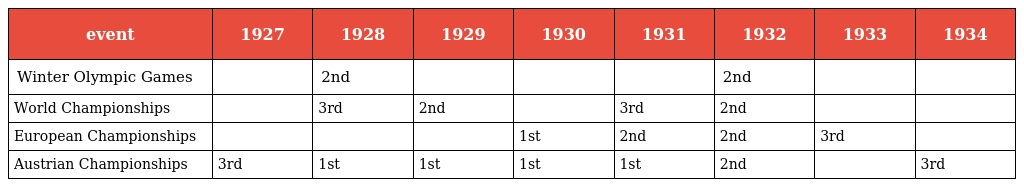
| event | 1927 | 1928 | 1929 | 1930 | 1931 | 1932 | 1933 | 1934 |
 | --- | --- | --- | --- | --- | --- | --- | --- | --- |
 | Winter Olympic Games |  | 2nd |  |  |  | 2nd |  |  |
 | World Championships |  | 3rd | 2nd |  | 3rd | 2nd |  |  |
 | European Championships |  |  |  | 1st | 2nd | 2nd | 3rd |  |
 | Austrian Championships | 3rd | 1st | 1st | 1st | 1st | 2nd |  | 3rd |